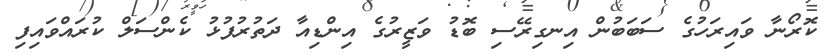
ކޮރޯނާ ވައިރަހުގެ ސަބަބުން އިނގިރޭސި ބޮޑު ވަޒީރުގެ އިންޑިއާ ދަތުރުފުޅު ކެންސަލް ކުރައްވައިފި